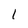
Character: 1